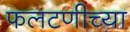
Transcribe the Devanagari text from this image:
फलटणीच्या